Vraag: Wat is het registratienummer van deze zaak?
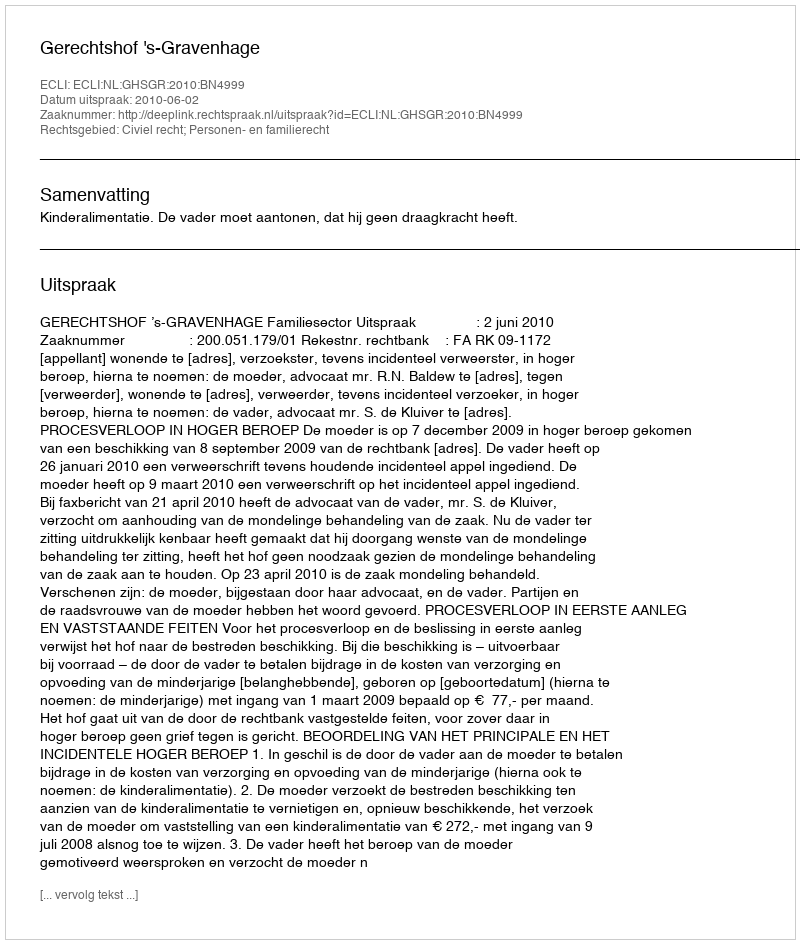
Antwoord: http://deeplink.rechtspraak.nl/uitspraak?id=ECLI:NL:GHSGR:2010:BN4999